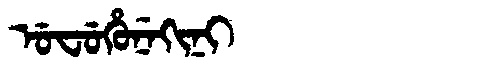
Manchu: ᡠᠸᡠᡥᡠᠨᡝᡴᡳᠨᡳ
Romanization: UFUHUNEKINI